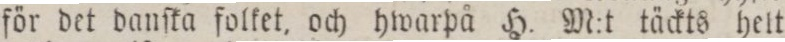
för det danſka folket, och hwarpå H. M:t täckts helt